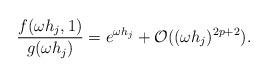
LaTeX: \begin{align*}\frac{f(\omega h_j,1)}{g(\omega h_j)} = e^{\omega h_j} + \mathcal{O}((\omega h_j)^{2p+2}).\end{align*}